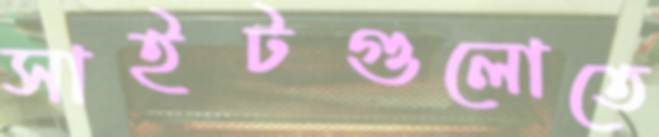
সাইটগুলোতে